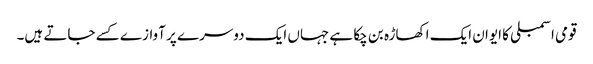
قومی اسمبلی کا ایوان ایک اکھاڑہ بن چکا ہے جہاں ایک دوسرے پر آوازے کسے جاتے ہیں۔